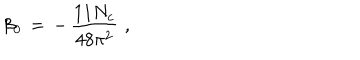
LaTeX: \beta _ { 0 } \, = \, - \, { \frac { 1 1 N _ { c } } { 4 8 \pi ^ { 2 } } } \, \, ,